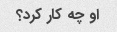
او چه کار کرد؟